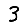
Digit: 3